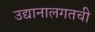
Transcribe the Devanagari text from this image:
उद्यानालगतची